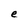
Character: e